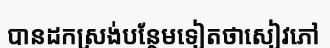
បានដកស្រង់បន្ថែមទៀតថាសៀវភៅ